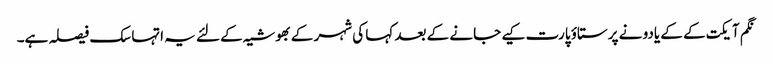
نگم آیکت کے کے یادو نے پرستاؤ پارت کیے جانے کے بعد کہا کی شہر کے بھوشیہ کے لئے یہ اتہاسک فیصلہ ہے۔